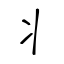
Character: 丬